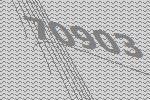
70903